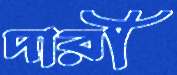
দারী